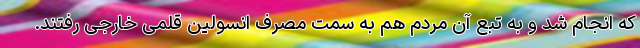
که انجام شد و به تبع آن مردم هم به سمت مصرف انسولین قلمی خارجی رفتند.